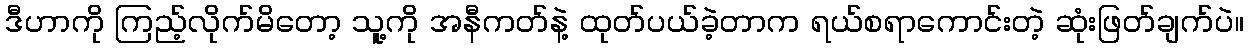
ဒီဟာကို ကြည့်လိုက်မိတော့ သူ့ကို အနီကတ်နဲ့ ထုတ်ပယ်ခဲ့တာက ရယ်စရာကောင်းတဲ့ ဆုံးဖြတ်ချက်ပဲ။